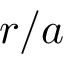
r / a